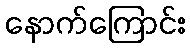
နောက်ကြောင်း